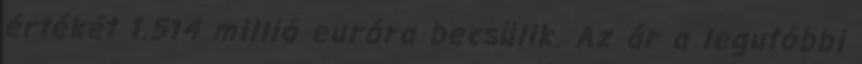
értékét 1.514 millió euróra becsülik. Az ár a legutóbbi